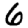
Digit: 6